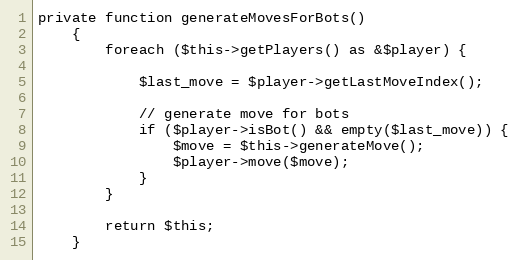
Language: PHP
private function generateMovesForBots()
    {
        foreach ($this->getPlayers() as &$player) {

            $last_move = $player->getLastMoveIndex();

            // generate move for bots
            if ($player->isBot() && empty($last_move)) {
                $move = $this->generateMove();
                $player->move($move);
            }
        }

        return $this;
    }